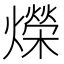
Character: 爃